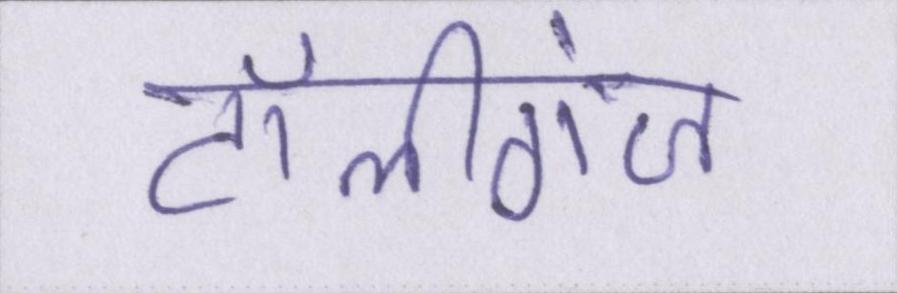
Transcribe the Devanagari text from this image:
टॉलीगंज